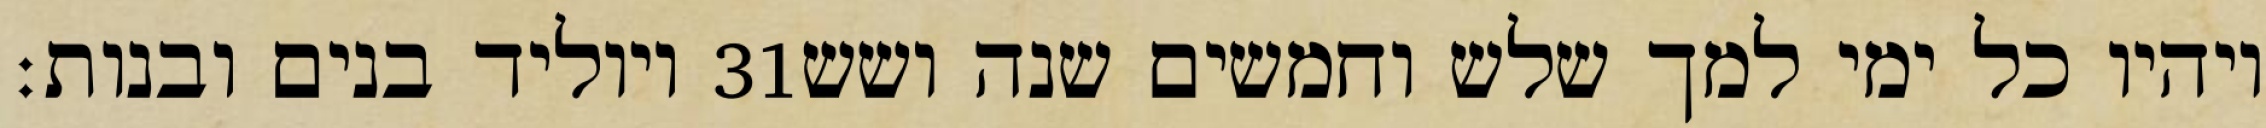
ויוליד בנים ובנות׃ ‎31‏ ויהיו כל ימי למך שלש וחמשים שנה ושש